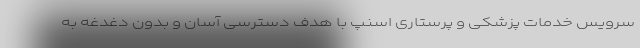
سرویس خدمات پزشکی و پرستاری اسنپ با هدف دسترسی آسان و بدون دغدغه به